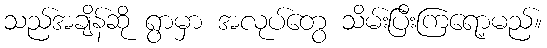
သည်အချိန်ဆို ရွာမှာ အလုပ်တွေ သိမ်းပြီးကြရော့မည်။